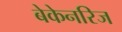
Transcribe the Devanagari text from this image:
बेकेनरिज